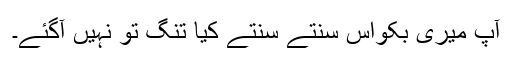
آپ میری بکواس سُنتے سُنتے کیا تنگ تو نہیں آگئے۔